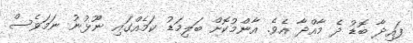
ފައިދާ ބޮޑު ދެ މާއްދާ އެވެ. އާންމުކޮށް ބަލިމަޑު ކަމެއްގައި ނޫޅުނު ނަމަވެސް